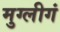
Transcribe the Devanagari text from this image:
मुग्लीगं